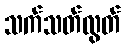
သက်သတ်လွတ်